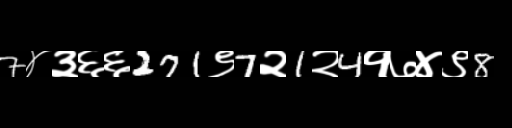
Text: 7४३६६271९7२1२4१७४९8